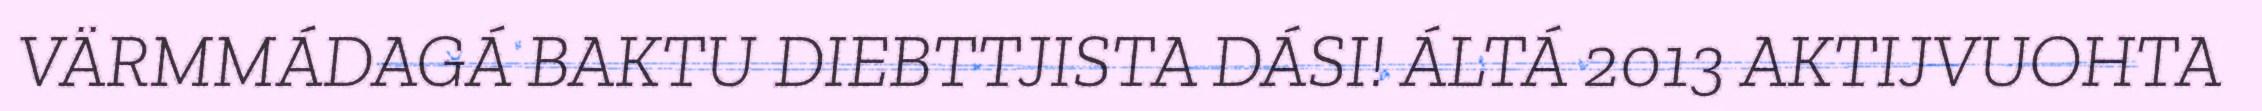
VÄRMMÁDAGÁ BAKTU DIEBTTJISTA DÁSI! ÁLTÁ 2013 AKTIJVUOHTA